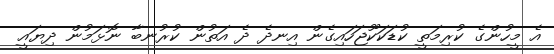
އެ މީހުންގެ ކުރިމަތީ ކުޑަކަކޫޖަހައިގެން އިނދެ ދެ އަތުން ކުރުނބާ ނޮޅަމުން ދިޔައީ